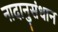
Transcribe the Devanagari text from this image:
नादानुसंधान